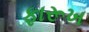
ફારૂખ